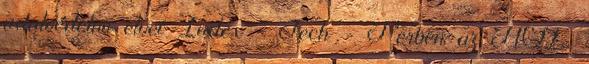
adatvédelmi elvei Index - Tech - Perben az AOL